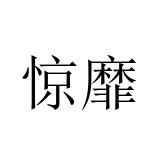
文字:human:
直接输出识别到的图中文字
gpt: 惊靡